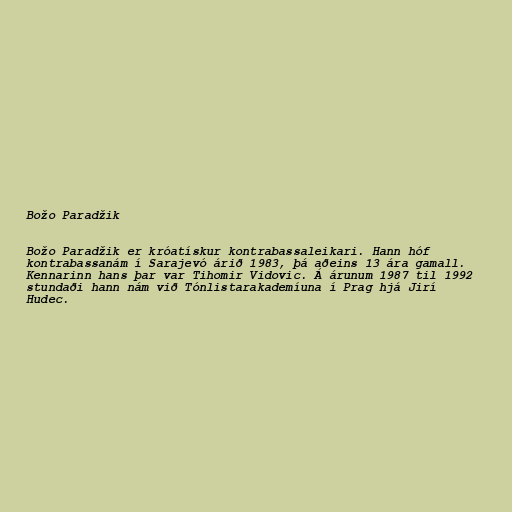
Božo Paradžik

Božo Paradžik er króatískur kontrabassaleikari. Hann hóf
kontrabassanám í Sarajevó árið 1983, þá aðeins 13 ára gamall.
Kennarinn hans þar var Tihomir Vidovic. Á árunum 1987 til 1992
stundaði hann nám við Tónlistarakademíuna í Prag hjá Jirí
Hudec.